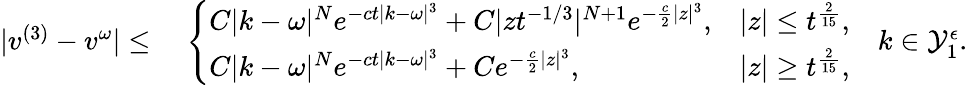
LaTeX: \begin{array}{rl}{|v^{(3)}-v^{\omega}|\leq}&{\; \left\{ \begin{array}{ll}{C|k-\omega|^{N}e^{-ct|k-\omega|^{3}}+C|zt^{-1/3}|^{N+1}e^{-\frac{c}{2}|z|^{3}},}&{|z|\leq t^{\frac{2}{15}},}\\ {C|k-\omega|^{N}e^{-ct|k-\omega|^{3}}+Ce^{-\frac{c}{2}|z|^{3}},}&{|z|\geq t^{\frac{2}{15}},}\end{array}\right.\quad k\in\mathcal{Y}_{1}^{\epsilon}.}\end{array}